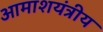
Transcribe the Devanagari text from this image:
आमाशयंत्रीय